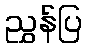
ညွှန်ပြ